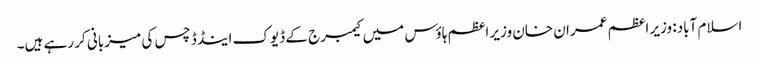
اسلام آباد: وزیر اعظم عمران خان وزیر اعظم ہاؤس میں کیمبرج کے ڈیوک اینڈ ڈچس کی میزبانی کر رہے ہیں۔